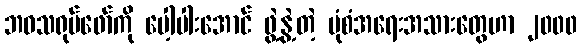
ဘဝသရုပ်ဖော်ကို ပေါ့ပါးအောင် ဖွဲ့နွဲ့တဲ့ ပုံစံအရေးအသားတွေဟာ ၂၀၀၀